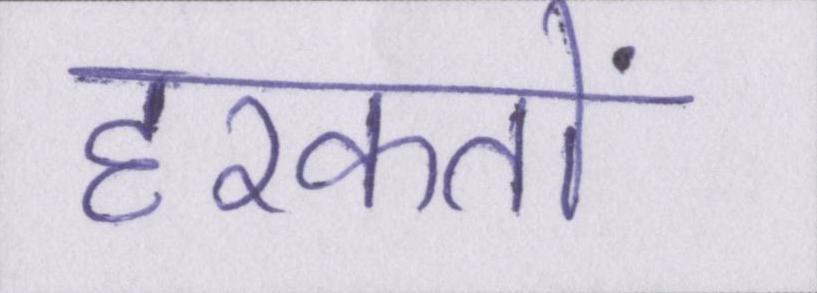
हरकतों